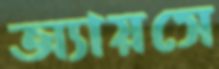
অ্যায়সে